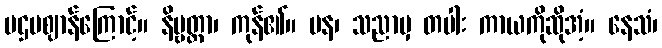
ပဌမဈာန်ကြောင့်။ နိဗ္ဗတ္တာ၊ ကုန်၏။ ပန၊ သညာမှ တပါး ကာယကိုဆိုအံ့။ နေသံ၊